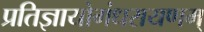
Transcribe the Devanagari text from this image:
प्रतिज्ञायोगंधरायणम्